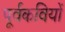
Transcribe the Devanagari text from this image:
पूर्वकवियों